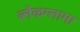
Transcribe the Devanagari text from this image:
ब्लैकग्लामा